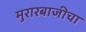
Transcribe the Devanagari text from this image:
मुरारबाजीचा